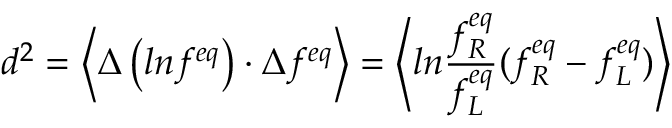
d ^ { 2 } = \left\langle \Delta \left( l n f ^ { e q } \right) \cdot \Delta f ^ { e q } \right\rangle = \left\langle l n \frac { f _ { R } ^ { e q } } { f _ { L } ^ { e q } } ( f _ { R } ^ { e q } - f _ { L } ^ { e q } ) \right\rangle